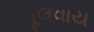
મૂલવાય